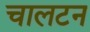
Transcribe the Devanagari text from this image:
चालटन